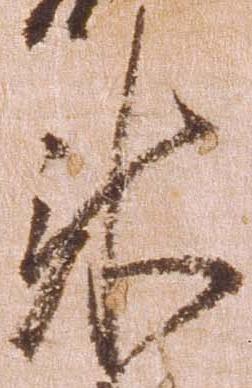
来